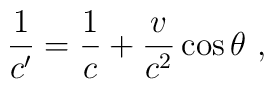
\frac{1}{c'} = \frac{1}{c} + \frac{v}{c^2} \cos{\theta}~,